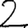
Digit: 2